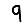
Digit: 9